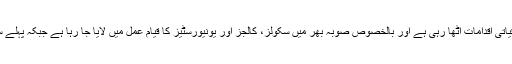
مشتاق احمد غنی کا کہنا تھا کہ صوبائی حکومت بلا امتیاز صوبہ کے تمام اضلاع میں ترقیاتی اقدامات اٹھا رہی ہے اور بالخصوص صوبہ بھر میں سکولز، کالجز اور یونیورسٹیز کا قیام عمل میں لایا جا رہا ہے جبکہ پہلے سے موجود تعلیمی اداروں کی بہتری و ترقی کے لئے ریکارڈ اقدامات اٹھائے جا رہے ہیں۔